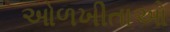
ઓળખીતાઓ